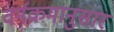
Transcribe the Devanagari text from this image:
वर्नक्रमानुसार